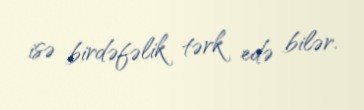
isə birdəfəlik tərk edə bilər.